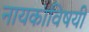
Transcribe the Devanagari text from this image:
नायकांविषयी